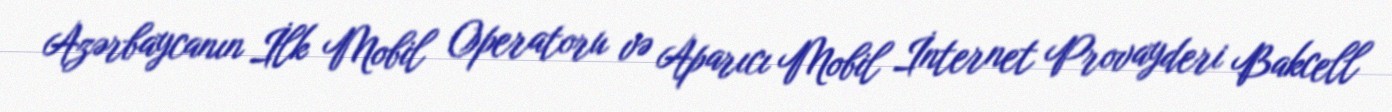
Azərbaycanın İlk Mobil Operatoru və Aparıcı Mobil İnternet Provayderi Bakcell